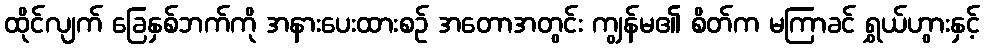
ထိုင်လျက် ခြေနှစ်ဘက်ကို အနားပေးထားစဉ် အတောအတွင်း ကျွန်မ၏ စိတ်က မကြာခင် ရွှယ်ဟွားနှင့်